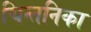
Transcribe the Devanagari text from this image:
चिन्तनिका